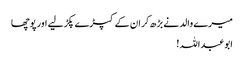
میرے والد نے بڑھ کر ان کے کپڑے پکڑ لیے اور پوچھا
ابوعبداللہ!